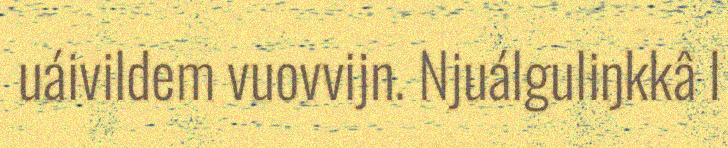
uáivildem vuovvijn. Njuálguliŋkkâ I